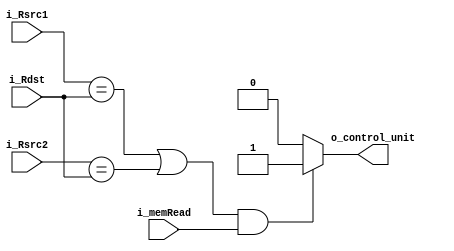
module HDU_LOAD_USE_CASE (
    i_Rsrc1,
    i_Rsrc2,
    i_Rdst,
    i_memRead,
    o_control_unit
);

input [2:0] i_Rsrc1;
input [2:0] i_Rsrc2;
input [2:0] i_Rdst;
input i_memRead; // read data into Rdst 
output reg o_control_unit;

always @(*) begin
    
    o_control_unit = 1'b0;    
    if (((i_Rsrc1 == i_Rdst ) || (i_Rsrc2 == i_Rdst)) && i_memRead) o_control_unit = 1'b1;   

end

endmodule